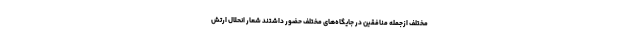
مختلف ازجمله منافقین در جایگاه‌های مختلف حضور داشتند شعار انحلال ارتش